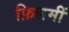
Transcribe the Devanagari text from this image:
फ़िलमीं